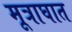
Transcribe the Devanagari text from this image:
मूत्राघात